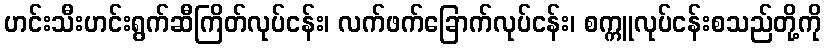
ဟင်းသီးဟင်းရွက်ဆီကြိတ်လုပ်ငန်း၊ လက်ဖက်ခြောက်လုပ်ငန်း၊ စက္ကူလုပ်ငန်းစသည်တို့ကို